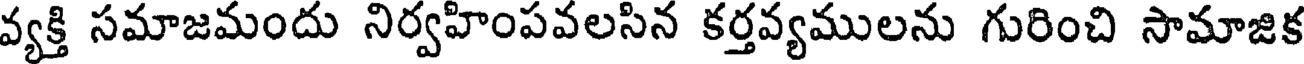
వ్యక్తి సమాజమందు నిర్వహింపవలసిన కర్తవ్యములను గురించి సామాజిక